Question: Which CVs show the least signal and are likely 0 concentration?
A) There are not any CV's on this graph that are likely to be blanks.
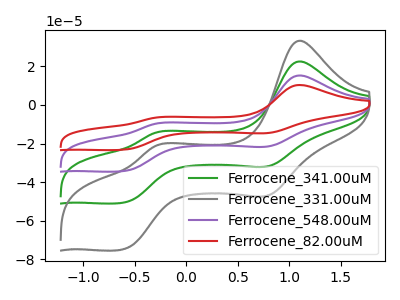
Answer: <think>The green curve "Ferrocene_341.00uM" has anodic peaks at (1.10V, 22.50uA) (-0.30V, -14.40uA) and cathodic peaks at (0.80V, -31.70uA) (-0.60V, -50.70uA). The gray curve "Ferrocene_331.00uM" has anodic peaks at (1.10V, 33.25uA) (-0.30V, -21.30uA) and cathodic peaks at (0.80V, -46.80uA) (-0.60V, -74.90uA). The purple curve "Ferrocene_548.00uM" has anodic peaks at (1.10V, 45.05uA) (-0.30V, -28.80uA) and cathodic peaks at (0.80V, -63.40uA) (-0.60V, -101.40uA). The red curve "Ferrocene_82.00uM" has anodic peaks at (1.10V, 67.55uA) (-0.30V, -43.20uA) and cathodic peaks at (0.80V, -95.10uA) (-0.60V, -152.10uA).</think>
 <answer>A) There are not any CV's on this graph that are likely to be blanks.</answer>
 <eval>A</eval>